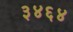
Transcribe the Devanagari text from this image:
३४६४